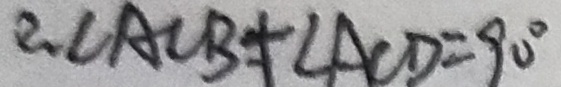
\therefore \angle A C B + \angle A C D = 9 0 ^ { \circ }